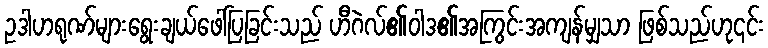
ဥဒါဟရုဏ်များရွေးချယ်ဖေါ်ပြခြင်းသည် ဟီဂဲလ်၏ဝါဒ၏အကြွင်းအကျန်မျှသာ ဖြစ်သည်ဟု၎င်း